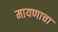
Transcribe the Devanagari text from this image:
मायणाचा